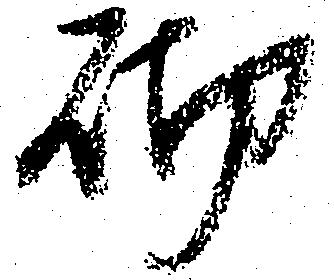
砌